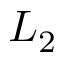
L _ { 2 }